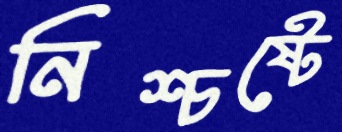
নিশ্চষ্টে